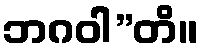
ဘဂဝါ”တိ။